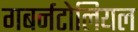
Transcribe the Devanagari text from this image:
गबर्नटोलियल